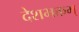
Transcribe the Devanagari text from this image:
देशभक्तम्